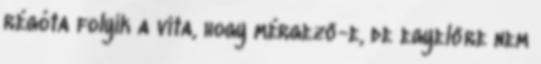
régóta folyik a vita, hogy mérgező-e, de egyelőre nem